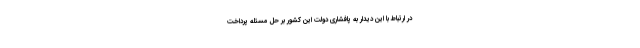
در ارتباط با این دیدار به پافشاری دولت این کشور بر حل مسئله پرداخت